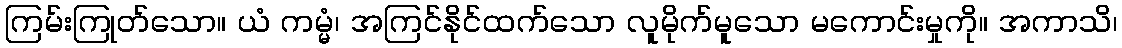
ကြမ်းကြုတ်သော။ ယံ ကမ္မံ၊ အကြင်နိုင်ထက်သော လူမိုက်မူသော မကောင်းမှုကို။ အကာသိ၊